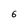
Character: 6